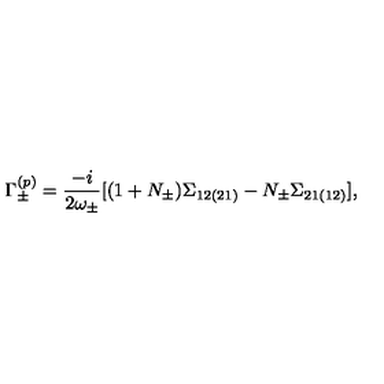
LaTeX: \Gamma _ { \pm } ^ { ( p ) } = \frac { - i } { 2 \omega _ { \pm } } [ ( 1 + N _ { \pm } ) \Sigma _ { 1 2 ( 2 1 ) } - N _ { \pm } \Sigma _ { 2 1 ( 1 2 ) } ] \raisebox { - 2 . 8 5 m m } { \scriptsize { p _ { 0 } = \pm \omega _ { \pm } } } ,